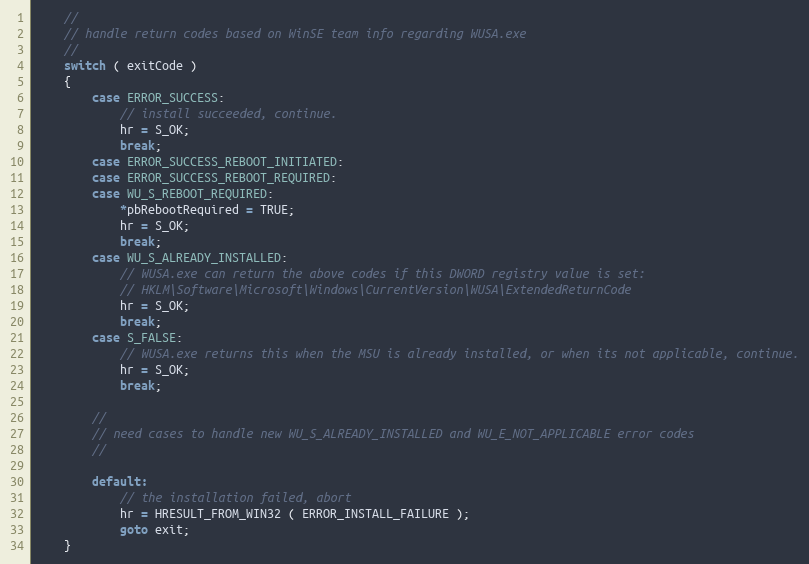
Language: C++
    //
    // handle return codes based on WinSE team info regarding WUSA.exe
    //
    switch ( exitCode )
    {
        case ERROR_SUCCESS:
            // install succeeded, continue.
            hr = S_OK;
            break;
        case ERROR_SUCCESS_REBOOT_INITIATED:
        case ERROR_SUCCESS_REBOOT_REQUIRED:
        case WU_S_REBOOT_REQUIRED:
            *pbRebootRequired = TRUE;
            hr = S_OK;
            break;
        case WU_S_ALREADY_INSTALLED:
            // WUSA.exe can return the above codes if this DWORD registry value is set:
            // HKLM\Software\Microsoft\Windows\CurrentVersion\WUSA\ExtendedReturnCode
            hr = S_OK;
            break;
        case S_FALSE:
            // WUSA.exe returns this when the MSU is already installed, or when its not applicable, continue.
            hr = S_OK;
            break;

        //
        // need cases to handle new WU_S_ALREADY_INSTALLED and WU_E_NOT_APPLICABLE error codes
        //

        default:
            // the installation failed, abort
            hr = HRESULT_FROM_WIN32 ( ERROR_INSTALL_FAILURE );
            goto exit;
    }